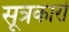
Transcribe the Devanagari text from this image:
सूत्रकारों